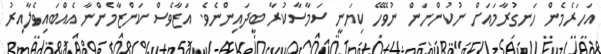
އަހަރެމެން ހަނގުރާމައަށް ނުކުންނަން ނުވޭހޭ ކިޔަނީ ސަމާސާކުރާ ބީދައިންނެވެ. އަޒާވެސް ކަންޒާމެންނާ އެއްބައިވެލާއިރު